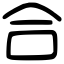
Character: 合